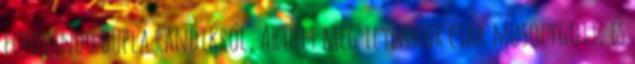
eljövendő dupla randikról, Arthit meg ilyenkor csak mosolygott, és